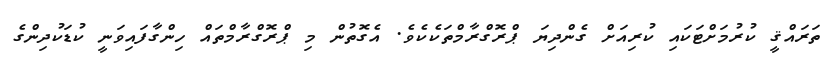
ތަރައްޤީ ކުރުމަށްޓަކައި ކުރިއަށް ގެންދިޔަ ޕްރޮގްރާމްތަކެކެވެ. އެގޮތުން މި ޕްރޮގްރާމްތައް ހިންގާފައިވަނީ ކުޑަކުދިންގެ